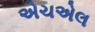
એચએલ